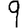
Digit: 9